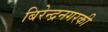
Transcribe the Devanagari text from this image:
बिरेन्द्रनगरकी